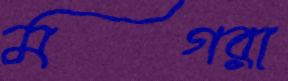
মগরা